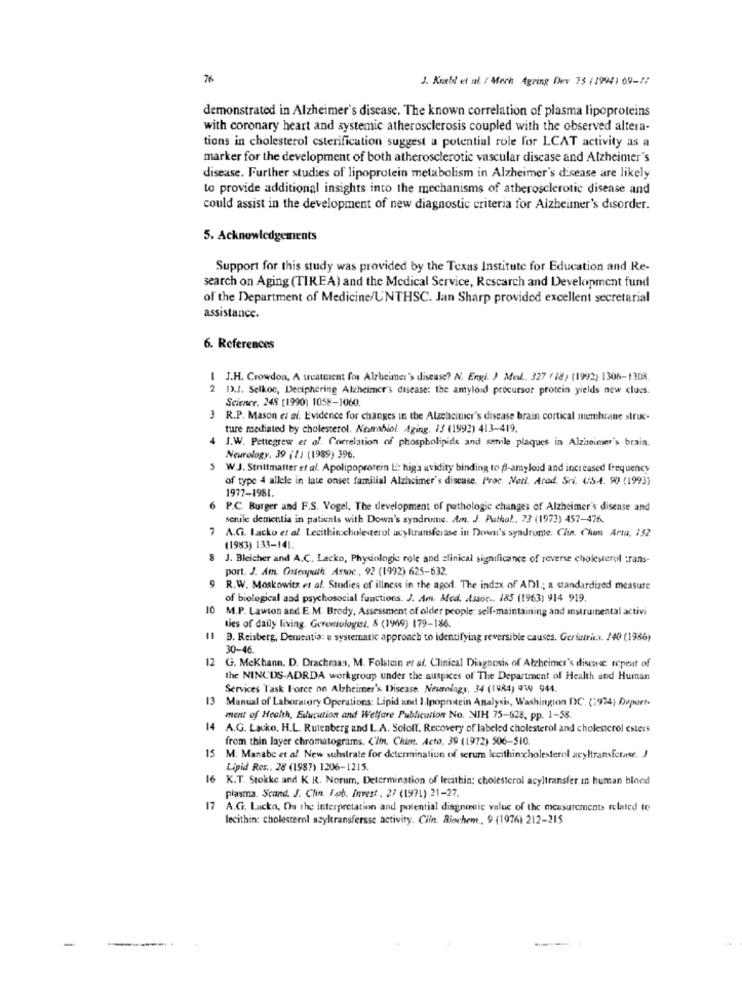
76
J. Kuebl et al. / Merh Agring Dev 73 (19941 69-77
demonstrated in Alzheimer's disease. The known correlation of plasma lipoproteins
with coronary heart and systemic atherosclerosis coupled with the observed altera-
tions in cholesterol esterification suggest a potential role for LCAT activity as a
marker for the development of both atherosclerotic vascular disease and Alzheimer's
disease. Further studies of lipoprotein metabolism in Alzheimer's disease are likely
to provide additional insights into the mechanisms of atherosclerotic disease and
could assist in the development of new diagnostic criteria for Alzheimer's disorder.
5. Acknowledgements
Support for this study was provided by the Texas Institute for Education and Re-
search on Aging (TIREA) and the Medical Service, Research and Development fund
of the Department of Medicine/UNTHSC. Jan Sharp provided excellent secretarial
assistance.
6. References
-
J.H. Crowdon, A treatment for Alzheimer's disease? N. Engi. ) Med. 327 (18) (1992) 1306-1308.
2
13.J. Selkoc, Deciphering Alzheimer's disease: the amyloid precursor protein yields new clues.
Science. 248 (1990) 1058-1060.
3 R.P. Mason el ai. Evidence for changes in the Alzehcimer's disease brain cortical membrane struc-
ture mediated by cholesterol. Neurobiol. Aging. 15 (1992) 413-419.
J.W. Pettegrew et al. Correlation of phospholipids and senile plaques in Alzheimer's brain.
Neurology, 39 (1) (1989) 396.
W.J. Strittmatter et al. Apolipoprotein E: higa avidity binding to B-amyloid and increased frequency
of type 4 allele in late onset familial Alzheimer's disease. Proc. Nori. Acod Sri. US-4. 90 (1993)
1977-1981.
6
P.C. Burger and F.S. Vogel, The development of pathologie changes of Alzheimer's disease and
senile dementia in patients with Down's syndrums. An. J. Pathal. 73 (1973) 457-476.
7 A.G. lacko et al. Lecithincholesterol acyltransferase in Down's syndrome. Clin. Chun Arta, 132
(1983) 133-141.
J. Bleicher and A.C. Lacko, Physiologie role and clinical significance of reverse cholesterol trans-
port. J. Am. Osteopath. Assoc ., 92 (1992) 625-632
9
R.W. Moskowitz et al. Studies of illness in the agod. The index of ADI .; a standardized measure
of biological and psychosocial functions. J. Am. Med. Assoc .. 185 (1963) 914 919.
10 M.P. Lawton and E.M. Brody, Assessment of older people: self-maintaining and instrumental activi
ties of daily living. Gerontologist, 5 (1969) 179-186.
11
B. Reisberg, Dementia: a systematic approach to identifying reversible causes. Geriatrics. /40 (1986)
30-46
12
G. MeKhann. D. Drachman, M. Folstein er af. Clinical Diagnosis of Alzheimer's disease: repeat of
the NINCDS-ADRDA workgroup under the auspices of The Department of Health and Human
Services Task Force on Alzheimer's Disease. Neurology, 34 (1984) 919 944.
Manual of Laboratory Operations: Lipid and 1 .Ipopmitein Analysis, Washington DC. (1974; Deport.
ment of Health, Education and Welfare Publicution No. NIH 75-628, pp. 1-58.
14
A.G. Lacko, H.L. Rutenberg and L.A. Soloff. Recovery of labeled cholesterol and cholesterol esters
from thin layer chromatograms, C'lin. Chim. Acta, 39 (1972) 506-510.
SM. Manabc et al. New suhstrate for determination of serum lecithin cholesterol acyltransferase. J
Lipid Res ., 28 (1987) 1206-1215.
SK.T. Stokke and K R. Norum, Determination of lecithin: cholesterol acyltransfer in human bloed
plasma. Scand. J. Chin. 1 4b. Invest ., 27 (1971) 21-27.
17 A.G. Lacko, On the interpretation and potential diagnostic value of the measurements related to
lecithin: cholesterol asyltransferase activity. Ciin. Biochem, 9 (1976) 212-215